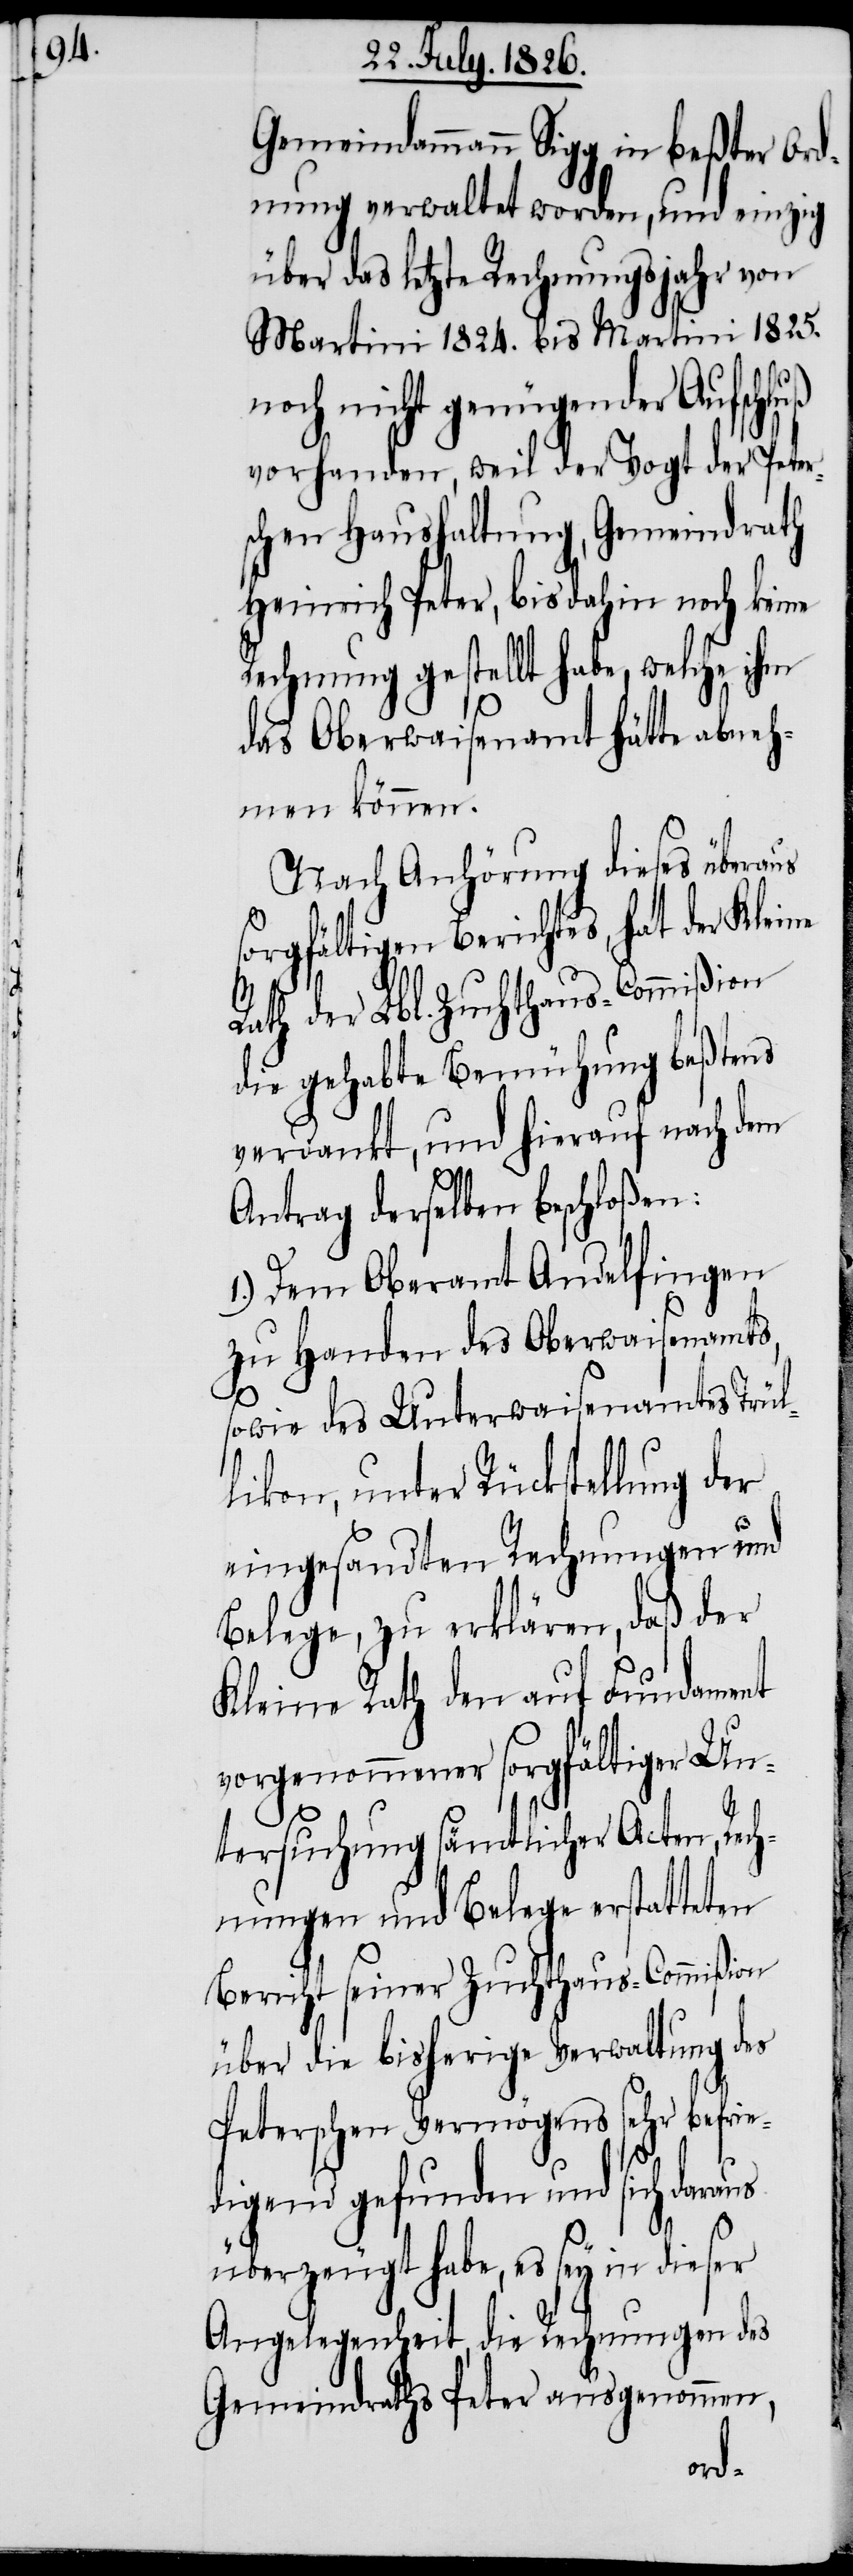
Gemeindammann Sigg in beßter Ord¬
nung verwaltet worden, und einzig
über das letzte Rechnungsjahr von
Martini 1824. bis Martini 1825.
noch nicht genügender Aufschl¬
vorhanden, weil der Vogt der Peter¬
schen Haushaltung, Gemeindrath
Heinrich Peter, bis dahin noch keine
Rechnung gestellt habe, welche ihm
das Oberwaisenamt hätte abneh¬
men können.
Nach Anhörung dieses überaus
sorgfältigen Berichtes, hat der Kleine
Rath der Lbl. Zuchthaus-Commißion
die gehabte Bemühung beßtens
verdankt, und hierauf nach dem
Antrag derselben beschloßen:
1.) Dem Oberamt Andelfingen
zu Handen des Oberwaisenamts,
sowie des Unterwaisenamtes Trül¬
likon, unter Rückstellung der
eingesandten Rechnungen und
Belege, zu erklären, daß der
Kleine Rath den auf Fundament
vorgenommener sorgfältiger Un¬
tersuchung sämtlicher Acten, Rech¬
nungen und Belege erstatteten
Bericht seiner Zuchthaus-Commißion
über die bisherige Verwaltung des
Peterschen Vermögens sehr befrie¬
digend gefunden und sich daraus
überzeugt habe, es sey in dieser
Angelegenheit, die Rechnungen des
Gemeindraths Peter ausgenommen,
uß